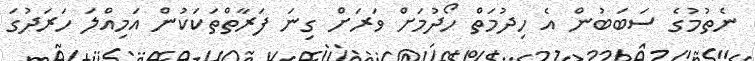
ނެތުމުގެ ސަބަބުން އެ ހިދުމަތް ހޯދުމަށް ވަރަށް ގިނަ ފަރާތްތަކަކުން އަމިއްލަ ހަރަދުގަ